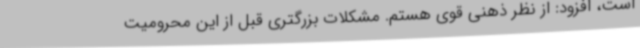
است، افزود: از نظر ذهنی قوی هستم. مشکلات بزرگتری قبل از این محرومیت